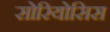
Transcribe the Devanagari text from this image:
सोरियोसिस